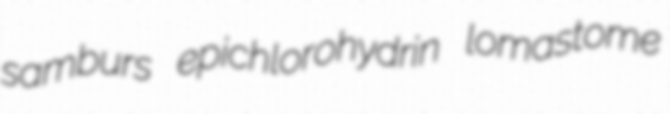
samburs epichlorohydrin lomastome